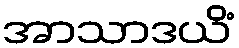
အာသာဒယိံ